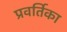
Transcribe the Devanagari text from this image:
प्रवर्तिका